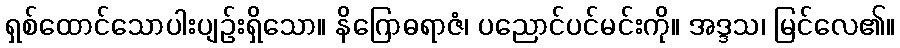
ရှစ်ထောင်သောပါးပျဉ်းရှိသော။ နိဂြောဓရာဇံ၊ ပညောင်ပင်မင်းကို။ အဒ္ဒသ၊ မြင်လေ၏။